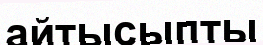
айтысыпты